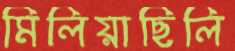
মিলিয়াছিলি